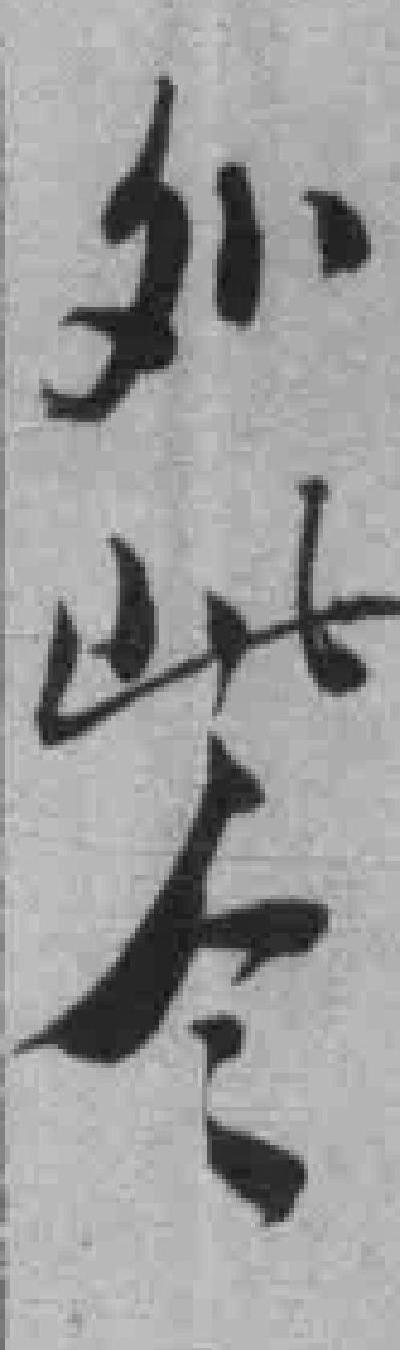
外此令